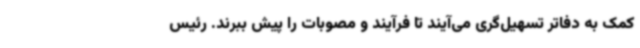
کمک به دفاتر تسهیل‌گری می‌آیند تا فرآیند و مصوبات را پیش ببرند. رئیس